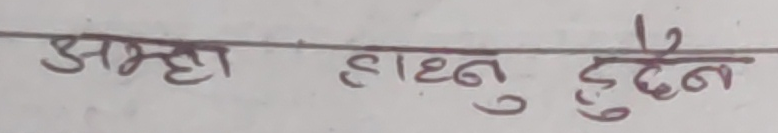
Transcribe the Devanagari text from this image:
अम्हा हाट्नु हुँदैन